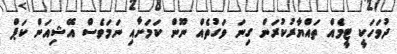
ދުވަހަކީ ޓީމެއް ތައްޔާރުކުރަން ގިނަ ވަގުތެއް ނޫން ކަމަށާއި ނަމަވެސް އޭޝިއަން ކަޕް